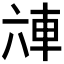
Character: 𰹌